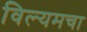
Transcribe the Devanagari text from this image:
विल्यमचा